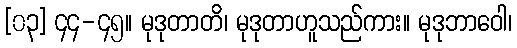
[၀၃] ၄၄-၄၅။ မုဒုတာတိ၊ မုဒုတာဟူသည်ကား။ မုဒုဘာဝေါ၊